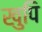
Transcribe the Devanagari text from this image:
खुपि